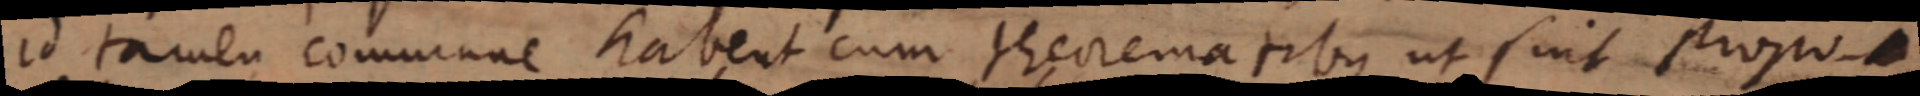
id tamen commune habent cum theorematibus ut sint propo